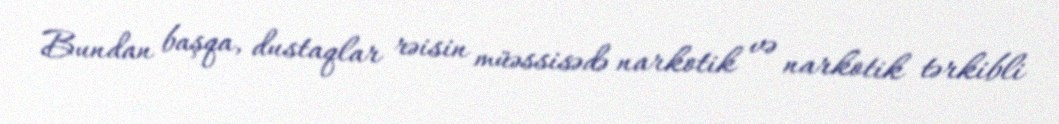
Bundan başqa, dustaqlar rəisin müəssisədə narkotik və narkotik tərkibli